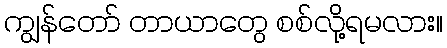
ကျွန်တော် တာယာတွေ စစ်လို့ရမလား။